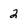
Character: 2